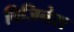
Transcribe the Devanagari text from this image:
विजिनेस